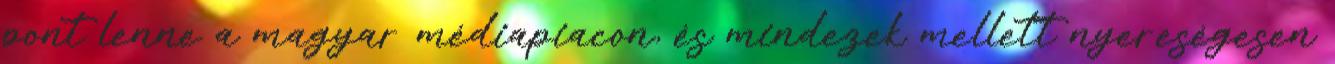
pont lenne a magyar médiapiacon, és mindezek mellett nyereségesen